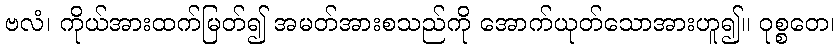
ဗလံ၊ ကိုယ်အားထက်မြတ်၍ အမတ်အားစသည်ကို အောက်ယုတ်သောအားဟူ၍။ ဝုစ္စတေ၊